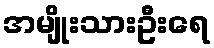
အမျိုးသားဦးရေ